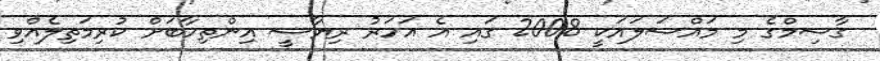
ގާސިމްގެ މި މައްސަލައަކީ 2008 ގައި އެ އަހަރު ރިޔާސީ އިންތިހާބަށް ކުރިމަތިލެއްވި